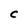
Character: C